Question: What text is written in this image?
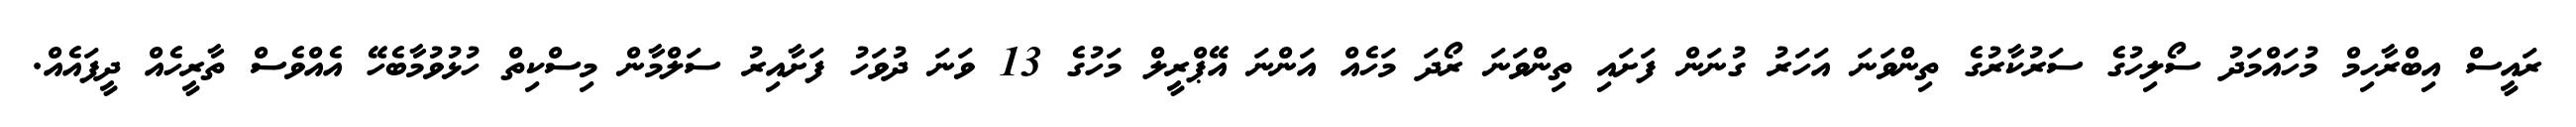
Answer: ރައީސް އިބްރާހިމް މުހައްމަދު ސޯލިހުގެ ސަރުކާރުގެ ތިންވަނަ އަހަރު ގުނަން ފަށައި ތިންވަނަ ރޯދަ މަހެއް އަންނަ އޭޕްރީލް މަހުގެ 13 ވަނަ ދުވަހު ފަށާއިރު ސަލްމާން މިސްކިތް ހުޅުވުމާބެހޭ އެއްވެސް ތާރީހެއް ދީފައެއް.